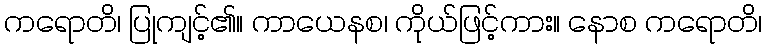
ကရောတိ၊ ပြုကျင့်၏။ ကာယေနစ၊ ကိုယ်ဖြင့်ကား။ နောစ ကရောတိ၊